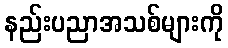
နည်းပညာအသစ်များကို